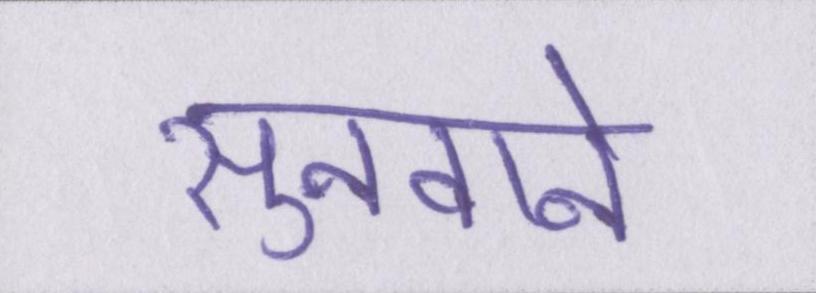
सुनवाने